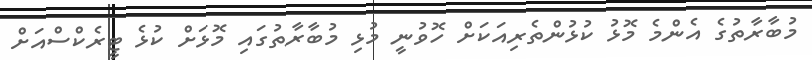
މުބާރާތުގެ އެންމެ މޮޅު ކުޅުންތެރިއަކަށް ހޮވުނީ މުޅި މުބާރާތުގައި މޮޅަށް ކުޅެ ޓީރެކްސްއަށް